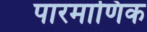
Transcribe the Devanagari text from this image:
पारमाणिक